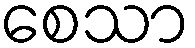
စေသာ